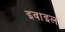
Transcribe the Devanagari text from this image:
इवाइल